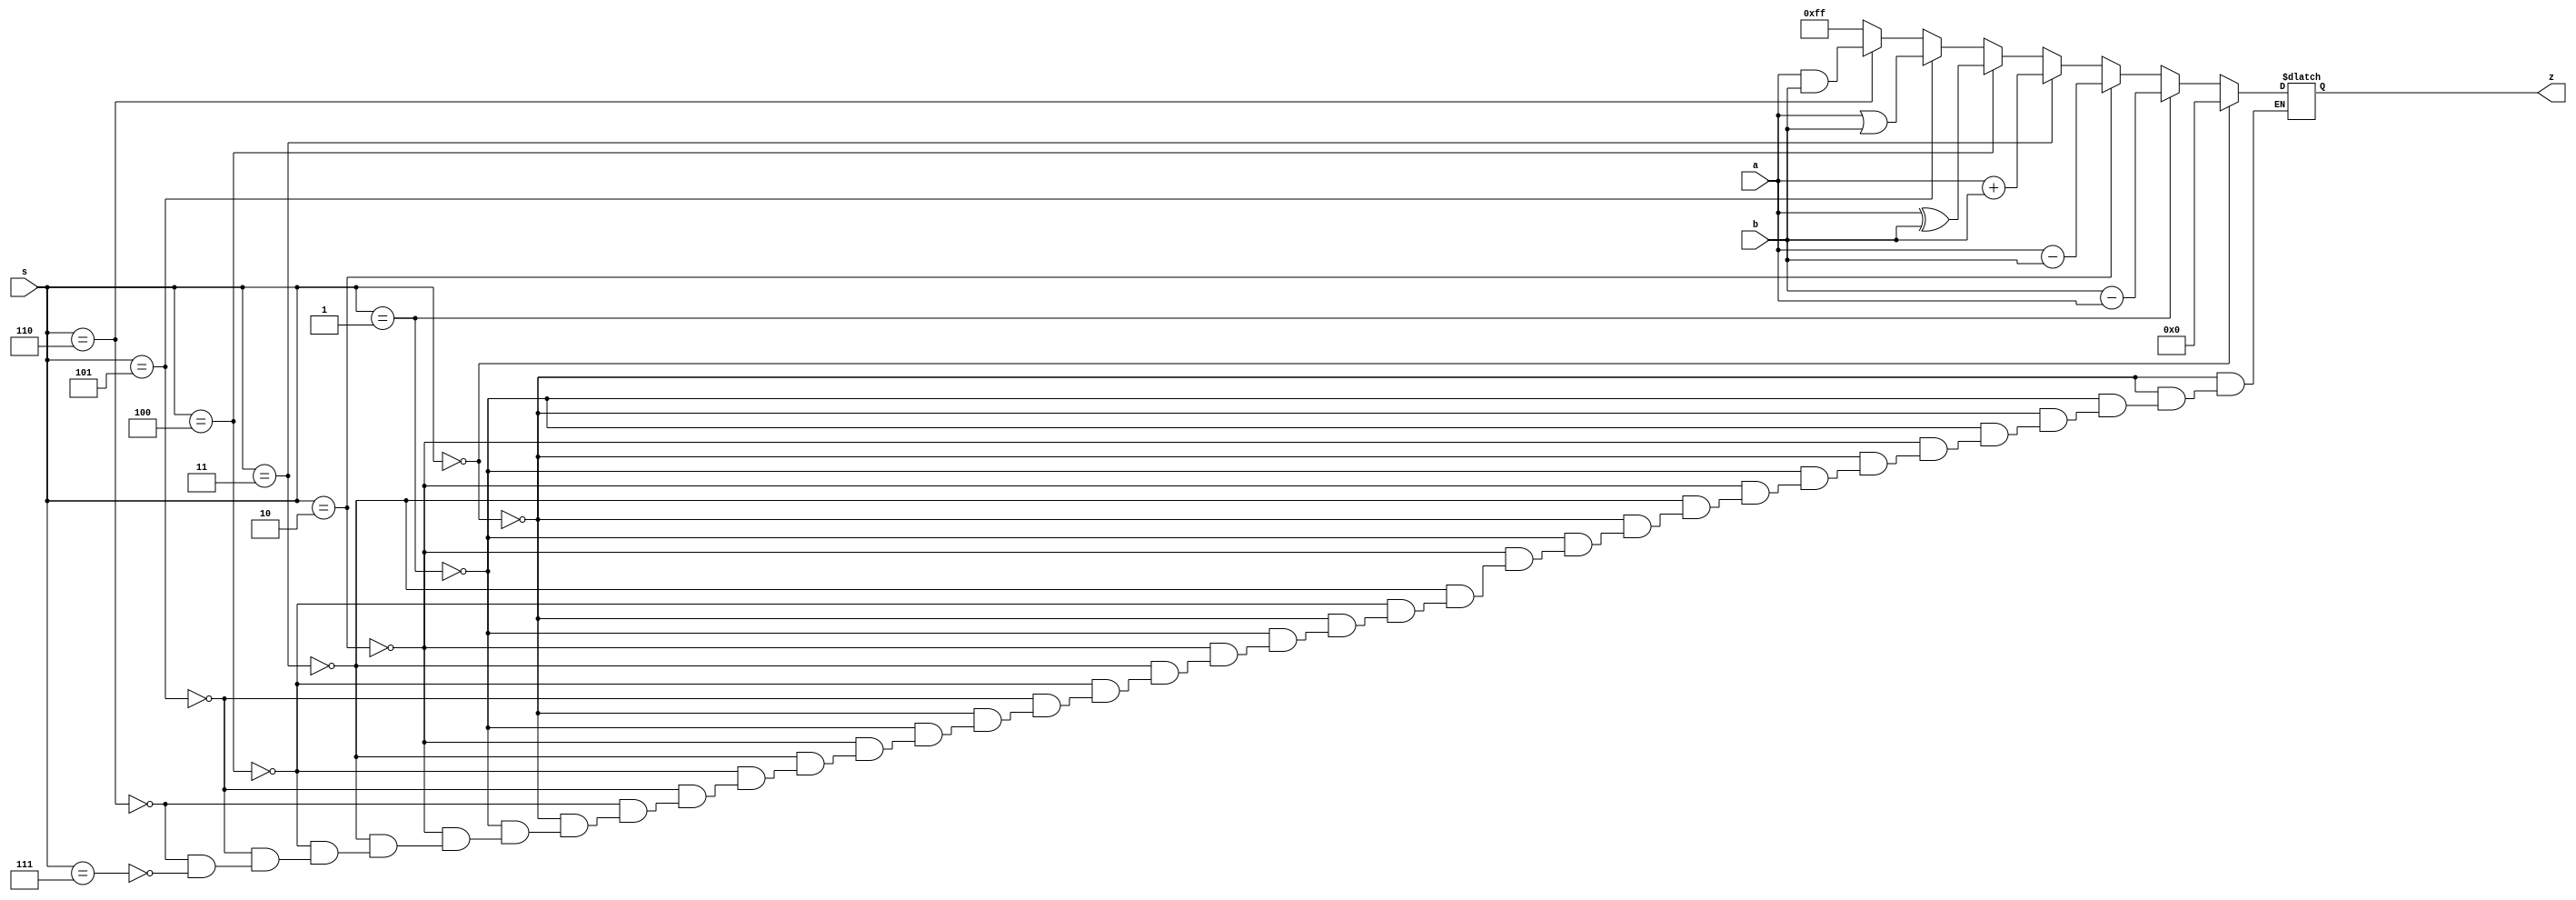
module alu(a,b,s,z);//alu ????
input[7:0] a,b;//8?? ?? a,b
input[2:0] s;//3?? ?? s 
output[7:0] z;//8?? ?? z
reg[7:0] z;//8?? ???? z
wire[2:0] s;//3?? wire s

always@(a,b,s)//a,b,s? ???
begin
if(s==3'b000) z=8'b00000000;//clear
else if(s==3'b001)z=b-a;//subtract??
else if(s==3'b010)z=a-b;//subtract??
else if(s==3'b011)z=a+b;//add??
else if(s==3'b100)z=a^b;//xor??
else if(s==3'b101)z=a|b;//???or??
else if(s==3'b110)z=a&b;//???and??
else if(s==3'b111)z=8'b11111111;//preset

end
endmodule